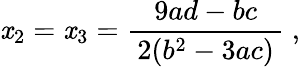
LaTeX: \mathit{x}_{2}=\mathit{x}_{3}={\frac{{9ad-bc}}{{\, 2(b^{2}-3ac)\, }}}~,